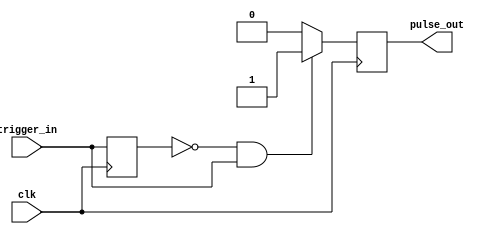
// Pulses the output 'pulse_out' whenever
// the input 'trigger_in' goes from low to high.

module oneshot(pulse_out, trigger_in, clk);

output pulse_out;
input trigger_in;
input clk;

reg prev_in;
reg pulse_out;

initial
begin
	prev_in <= 1'b1;
	pulse_out <= 1'b0;
end

always @ (posedge clk)
begin
	// when the input goes low to high, pulse (i.e. set output high)
	if (!prev_in && trigger_in) pulse_out <= 1'b1;
	// (if the input is low, or if it was already high, output is low)
	else pulse_out <= 1'b0;
	prev_in <= trigger_in;
end

endmodule